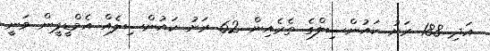
އަދި 188 ރަށު ކައުންސިލްގެ ތެރެއިން 62 ރަށު ކައުންސިލެއް އެމްޑީޕީން ވަނީ